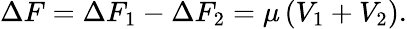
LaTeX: \Delta F=\Delta F_{1}-\Delta F_{2}=\mu\left(V_{1}+V_{2}\right).